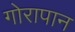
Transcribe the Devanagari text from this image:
गोरापान